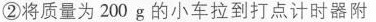
②将质量为200g的小车拉到打点计时器附